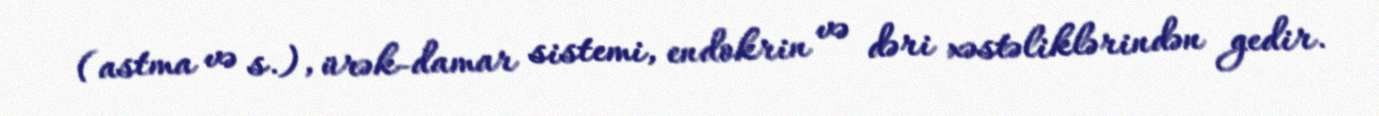
(astma və s.), ürək-damar sistemi, endokrin və dəri xəstəliklərindən gedir.